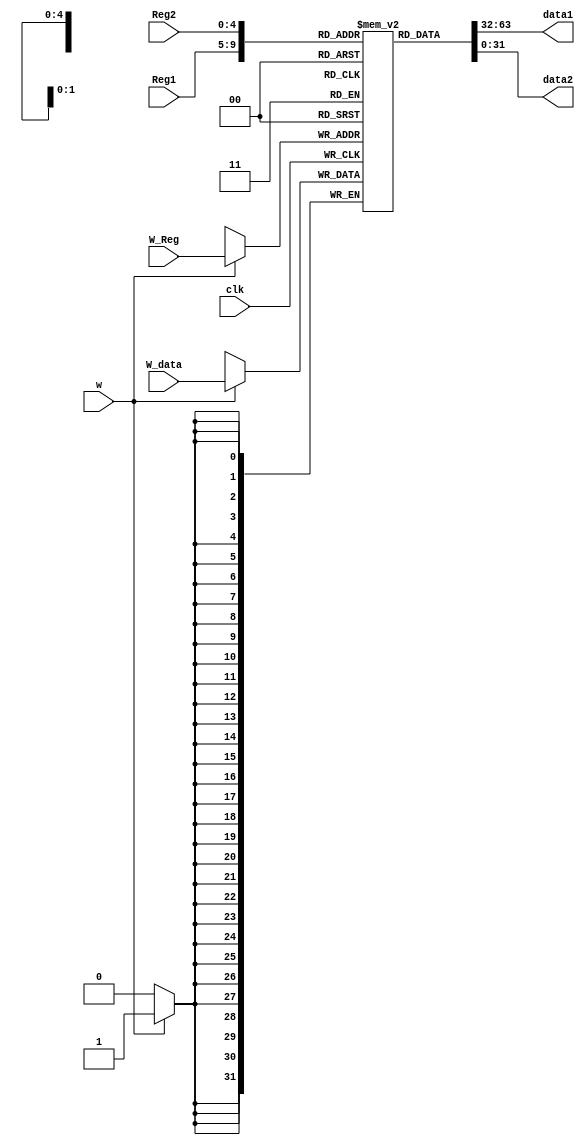
`timescale 1ns / 1ps
//////////////////////////////////////////////////////////////////////////////////
// Company: 
// Engineer: 
// 
// Design Name: 
// Module Name: RF
// Project Name: 
// Target Devices: 
// Tool Versions: 
// Description: 
// 
// Dependencies: 
// 
// Revision:
// Revision 0.01 - File Created
// Additional Comments:
// 
//////////////////////////////////////////////////////////////////////////////////


module RF(
W_data,Reg1,Reg2,W_Reg,data1,data2,w,clk
    );
    input clk;
    input [4:0]Reg1,Reg2,W_Reg;
    input w;//,10
    input [31:0]W_data;
    output [31:0]data1,data2;
    reg [31:0]ram[31:0];//
    integer i=0;
    initial begin
        for(i=0;i<32;i=i+1)
        ram[i]=32'b0;
        ram[0]=10;
        ram[1]=20;
        ram[2]=30;
    end
    assign data1=ram[Reg1];
    assign data2=ram[Reg2];
    always@(posedge clk)begin
        if(w)ram[W_Reg]<=W_data;
    end
endmodule